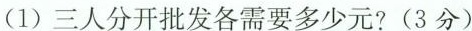
(1)三人分开批发各需要多少元?(3分)